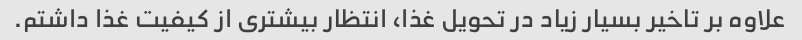
علاوه بر تاخیر بسیار زیاد در تحویل غذا، انتظار بیشتری از کیفیت غذا داشتم.